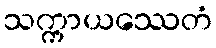
သက္ကာယဿေတံ